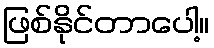
ဖြစ်နိုင်တာပေါ့။